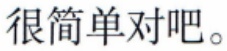
很简单对吧。